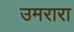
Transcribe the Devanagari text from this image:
उमरारा